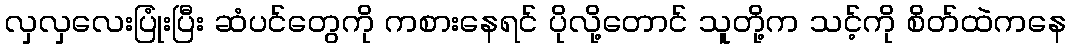
လှလှလေးပြုံးပြီး ဆံပင်တွေကို ကစားနေရင် ပိုလို့တောင် သူတို့က သင့်ကို စိတ်ထဲကနေ